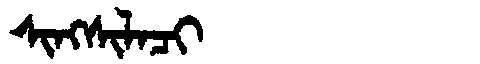
Manchu: ᠰᡳᠩᠰᡳᠯᠠᠴᡳ
Romanization: SINGSILACI